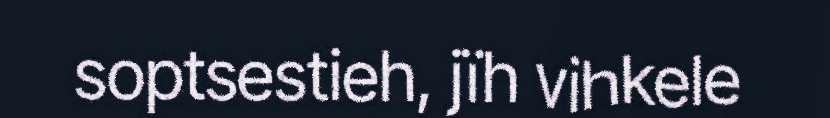
soptsestieh, jïh vihkele